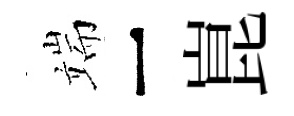
端一崑